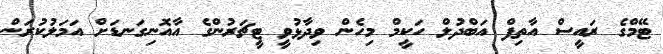
ޓޭމްގެ ރައީސް އާތިފް އަބްދުލް ހަކީމް މިހެން ވިދާޅުވީ ޓީޗަރުންގެ އާއޮނިގަނޑަށް އަމަލުކުރަން